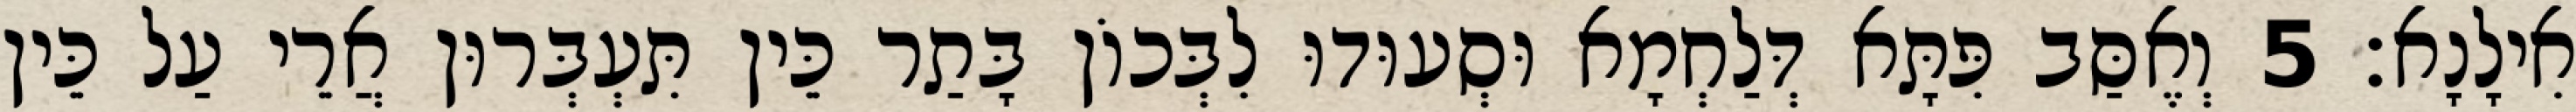
אִילָנָא׃ 5 וְאֶסַּב פִּתָּא דְּלַחְמָא וּסְעוּדוּ לִבְּכוֹן בָּתַר כֵּין תִּעְבְּרוּן אֲרֵי עַל כֵּין